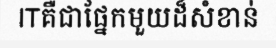
ITគឺជាផ្នែកមួយដ៏សំខាន់